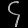
Digit: ၄